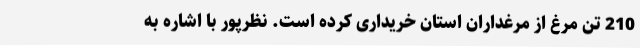
210 تن مرغ از مرغداران استان خریداری کرده است. نظرپور با اشاره به